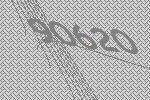
90620